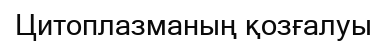
Цитоплазманың қозғалуы